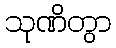
သုဏိတွာ